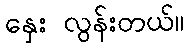
နှေး လွန်းတယ်။